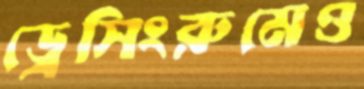
ড্রেসিংরুমেও